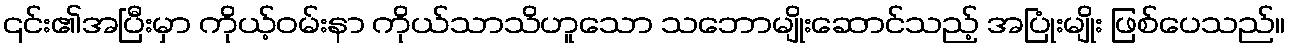
၎င်း၏အပြီးမှာ ကိုယ့်ဝမ်းနာ ကိုယ်သာသိဟူသော သဘောမျိုးဆောင်သည့် အပြုံးမျိုး ဖြစ်ပေသည်။